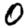
Digit: 0